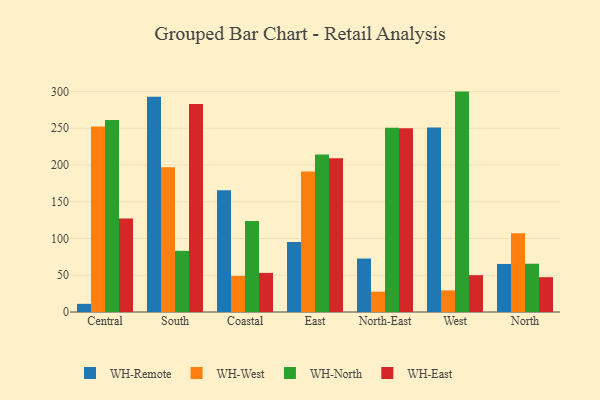
{"axis": {"x": "Region", "y": "Energy Usage (MWh)"}, "legend": ["WH-East", "WH-North", "WH-Remote", "WH-West"], "data": [{"x": "Central", "y": 11.1, "type": "WH-Remote"}, {"x": "Central", "y": 252.4, "type": "WH-West"}, {"x": "Central", "y": 261.2, "type": "WH-North"}, {"x": "Central", "y": 127.1, "type": "WH-East"}, {"x": "South", "y": 292.9, "type": "WH-Remote"}, {"x": "South", "y": 197.1, "type": "WH-West"}, {"x": "South", "y": 83.2, "type": "WH-North"}, {"x": "South", "y": 283.1, "type": "WH-East"}, {"x": "Coastal", "y": 165.6, "type": "WH-Remote"}, {"x": "Coastal", "y": 49.2, "type": "WH-West"}, {"x": "Coastal", "y": 123.8, "type": "WH-North"}, {"x": "Coastal", "y": 53.2, "type": "WH-East"}, {"x": "East", "y": 95.1, "type": "WH-Remote"}, {"x": "East", "y": 191.3, "type": "WH-West"}, {"x": "East", "y": 214.4, "type": "WH-North"}, {"x": "East", "y": 209.1, "type": "WH-East"}, {"x": "North-East", "y": 72.7, "type": "WH-Remote"}, {"x": "North-East", "y": 27.6, "type": "WH-West"}, {"x": "North-East", "y": 250.7, "type": "WH-North"}, {"x": "North-East", "y": 250.2, "type": "WH-East"}, {"x": "West", "y": 251.0, "type": "WH-Remote"}, {"x": "West", "y": 29.4, "type": "WH-West"}, {"x": "West", "y": 299.9, "type": "WH-North"}, {"x": "West", "y": 50.1, "type": "WH-East"}, {"x": "North", "y": 65.4, "type": "WH-Remote"}, {"x": "North", "y": 107.2, "type": "WH-West"}, {"x": "North", "y": 65.7, "type": "WH-North"}, {"x": "North", "y": 47.4, "type": "WH-East"}]}